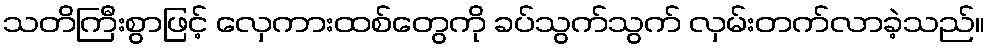
သတိကြီးစွာဖြင့် လှေကားထစ်တွေကို ခပ်သွက်သွက် လှမ်းတက်လာခဲ့သည်။